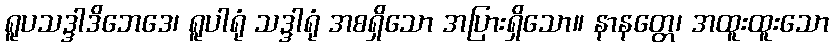
ရူပသဒ္ဒါဒိဘေဒေ၊ ရူပါရုံ သဒ္ဒါရုံ အစရှိသော အပြားရှိသော။ နာနတ္တေ၊ အထူးထူးသော